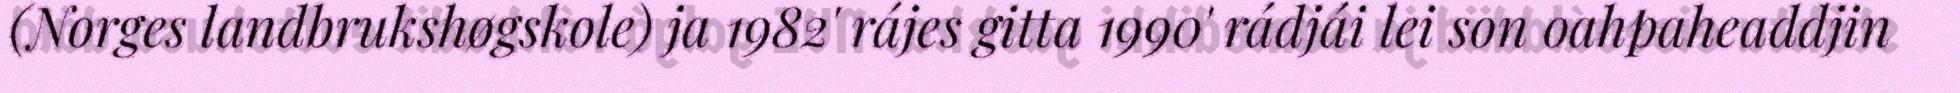
(Norges landbrukshøgskole) ja 1982' rájes gitta 1990' rádjái lei son oahpaheaddjin